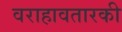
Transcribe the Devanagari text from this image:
वराहावतारकी